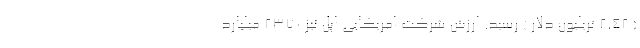
( 2.42 تریلیون دلار ) رسید. ارزش شرکت امریکایی اپل نیز 2370 میلیارد